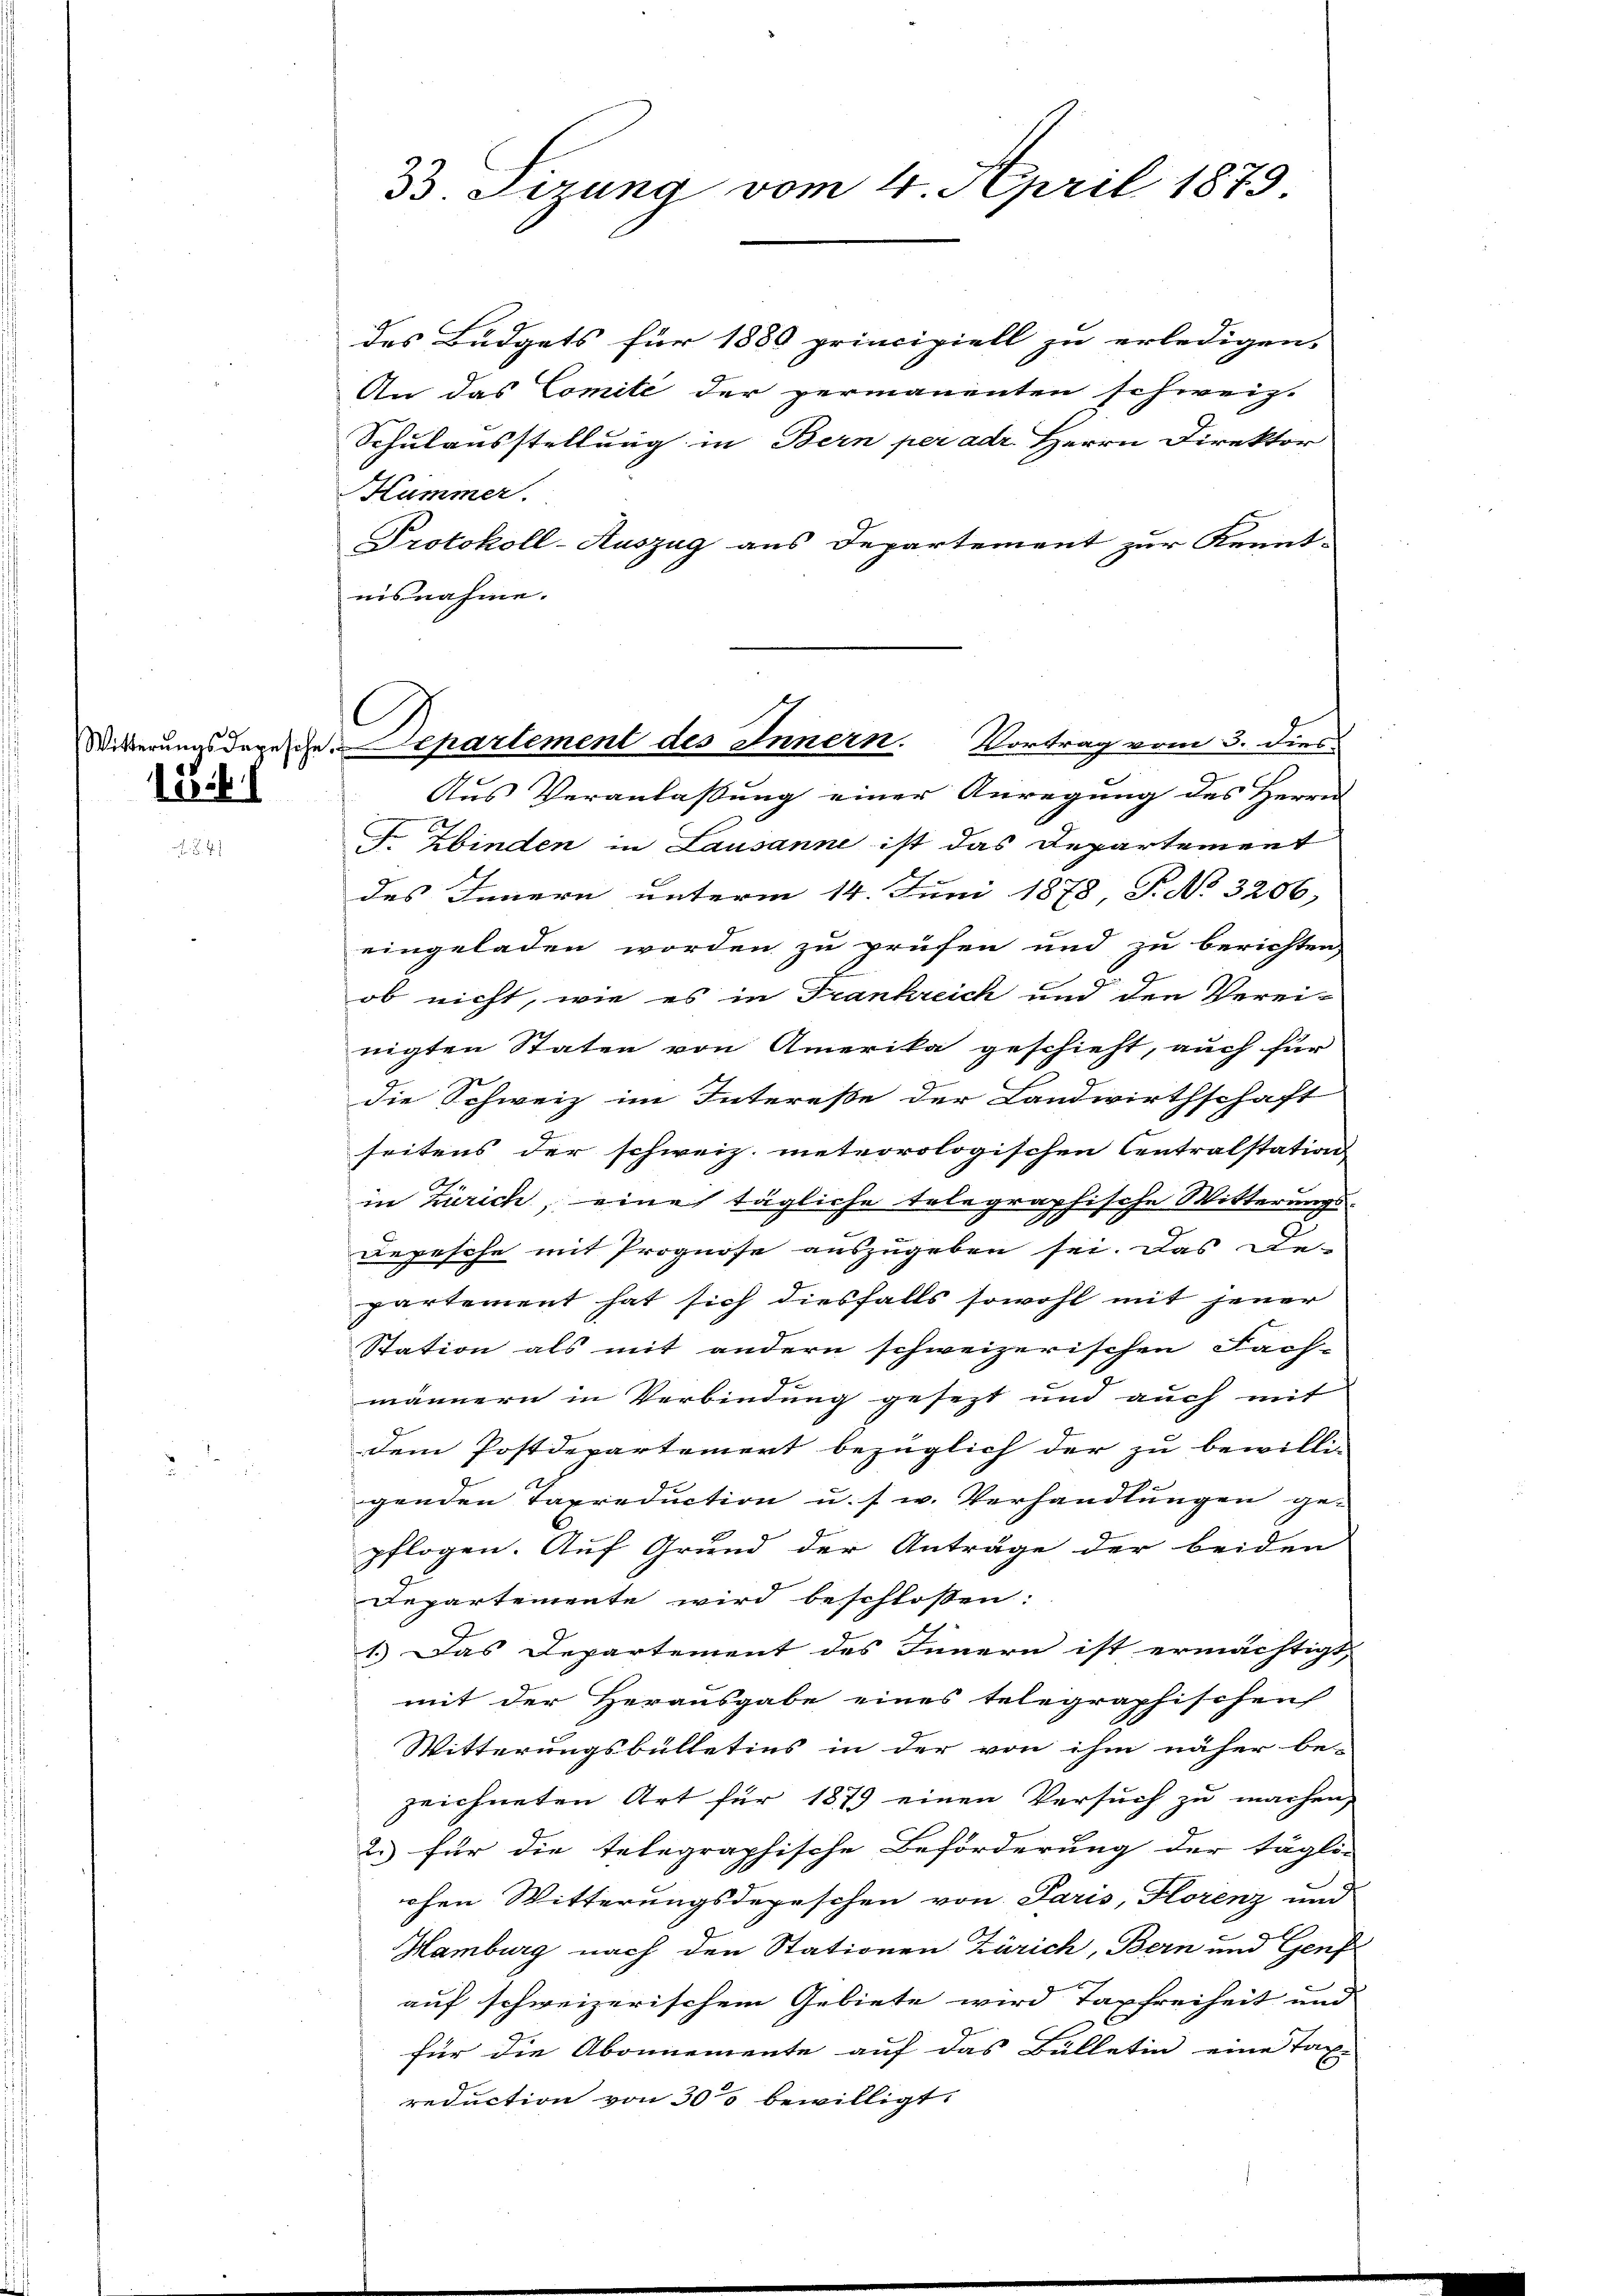
11

33. Sizung vom 4. April 1879

Widerungsdapesche Departement des Innern. Vortrag vom 3. dies

des Budgets für 1880 principiell zu erledigen,
An das Comité der permanenten schweiz.
Schulausstellung in Bern per adr. Herrn Direktor
Kummer.
Protokoll-Auszug aus Departement zur Kennt-
nisnahme.
Aus Veranlaßung einer Anregung des Herrn
F. Zbinden in Lausanne ist das Departement
des Innern unterm 14. Juni 1878, P. No 3206,
eingeladen worden zu prüfen und zu berichten,
G
ob nicht, wie es in Frankreich und den Verei-
nigten Staten von Amerika geschieht, auch für
u
die Schweiz im Interesse der Landwirthschaft
2
seitens der schweiz. meteorologischen Centralstation
in Zürich, eine tägliche telegraphische Witterungs¬
Repesche mit Prognose auszugeben sei. Das De-
partement hat sich diesfalls sowohl mit jener
Station als mit andern schweizerischen Fach-
männern in Verbindung gesezt und auch mit
dem Postdepartement bezüglich der zu bewilli-
.
genden Taxreduction u. s. w. Verhandlungen gepflogen. Auf Grund der Anträge der beiden
Departemente wird beschlossen:
1.) Das Departement des Innern ist ermächtigt,
mit der Herausgabe eines telegraphischen
Witterungsbülletins in der von ihm näher be-
zeichneten Art für 1879 einen Versuch zu machen,
2.) für die telegraphische Beförderung der tägli-
chen Witterungsdepeschen von Paris, Florenz und
Hamburg nach den Stationen Zürich, Bern und Genf
auf schweizerischem Gebiete wird Tapfreiheit und
für die Abonnemente auf das Balletin eine Tax-
reduction von 300 bewilligt.